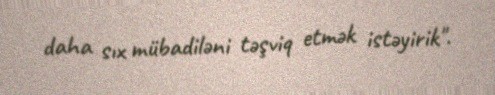
daha sıx mübadiləni təşviq etmək istəyirik".